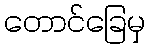
တောင်ခြေမှ